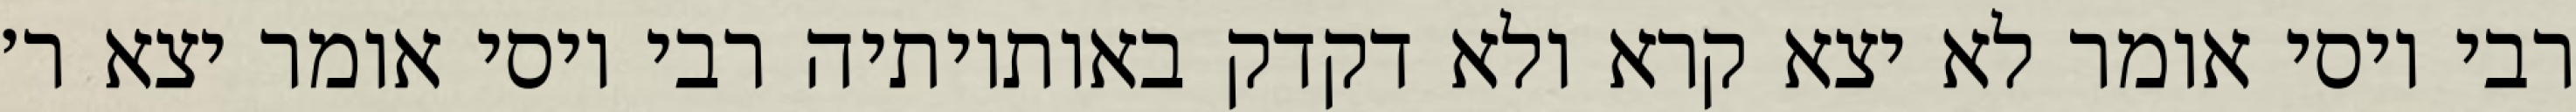
רבי יוסי אומר לא יצא קרא ולא דקדק באותיותיה רבי יוסי אומר יצא ר׳